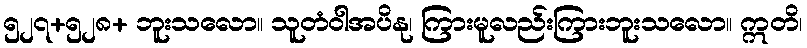
၅၂၇+၅၂၈+ ဘူးသလော။ သူတံဝါအပိနု၊ ကြားမူလည်းကြားဘူးသလော။ ဣတိ၊